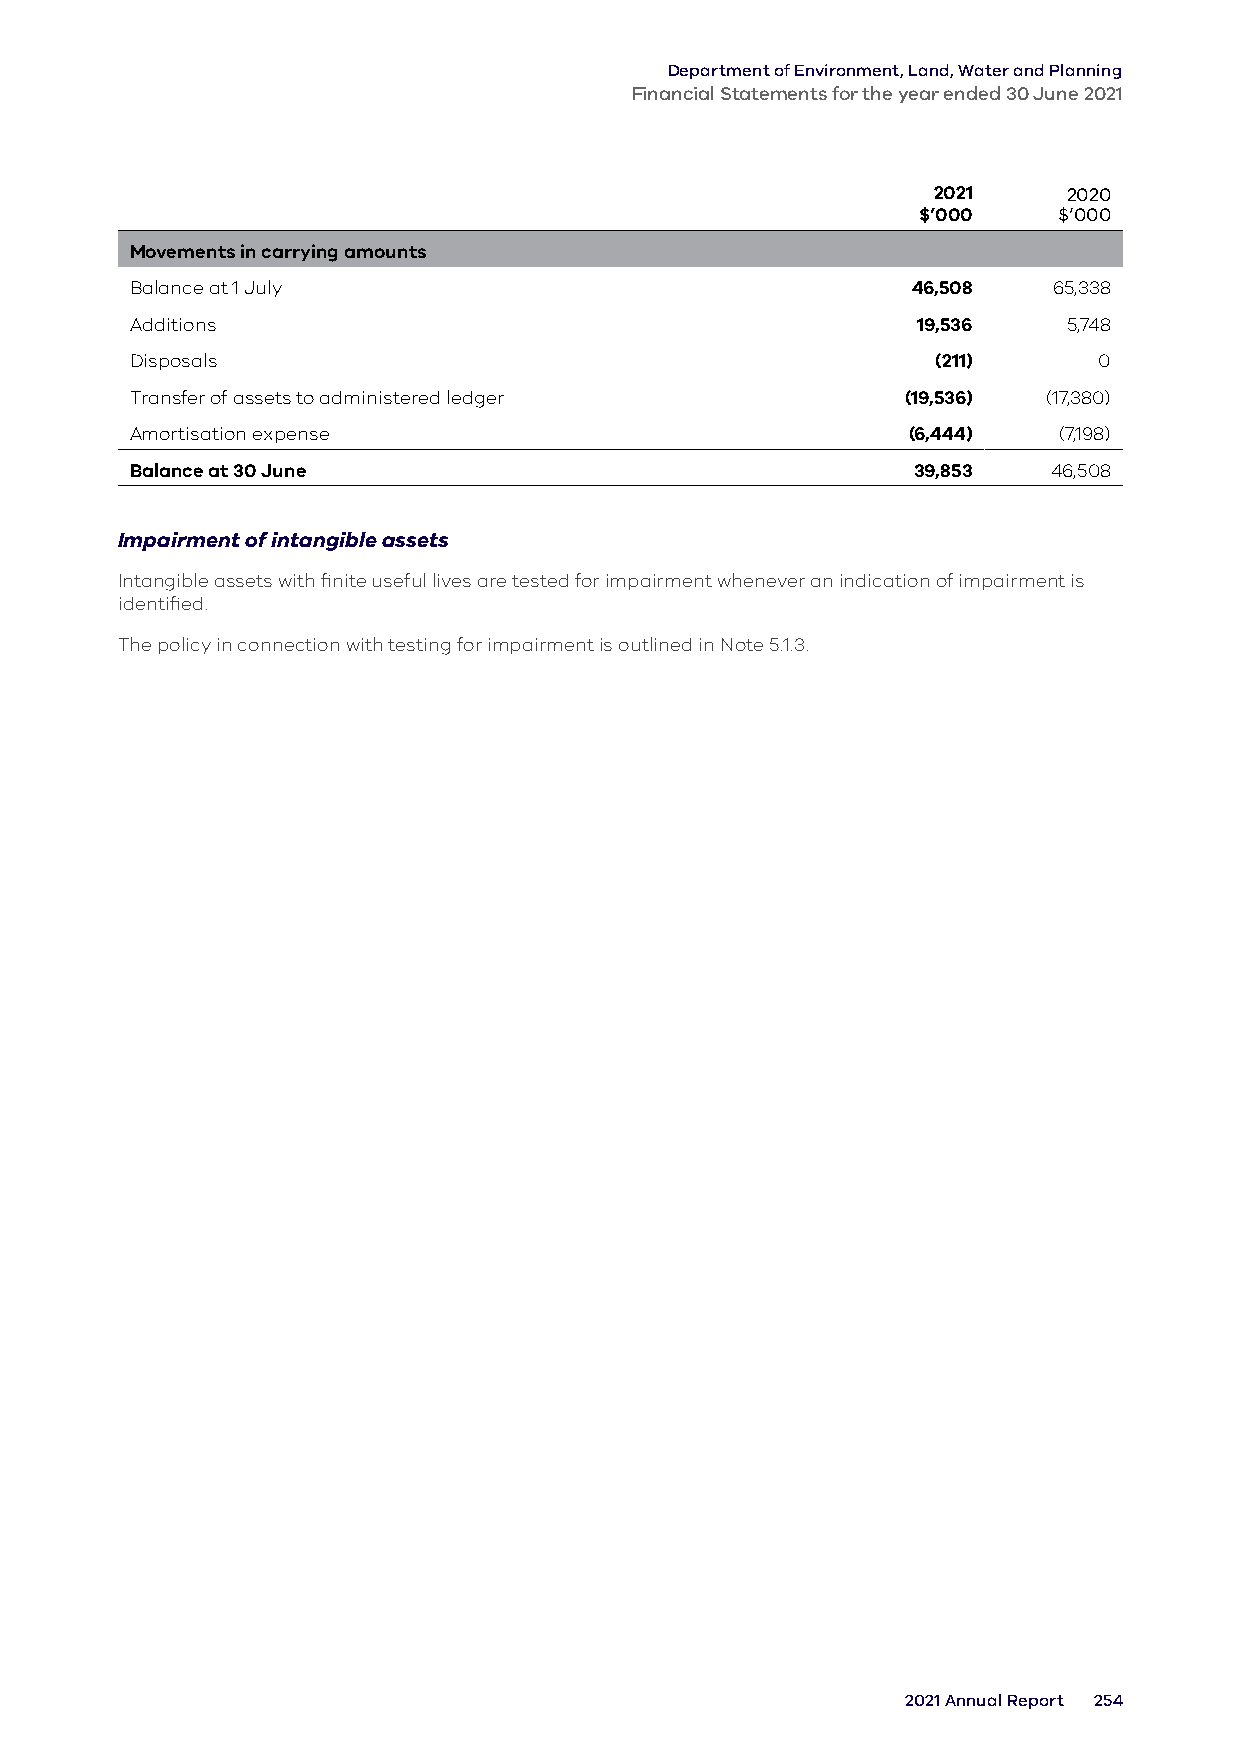
Department of Environment, Land, Water and Planning
 Financial Statements for the year ended 30 June 2021
 2021     2020
 $’000    $’000
 Movements in carrying amounts
 Balance at 1 July                                  46,508    65,338
 Additions                                           19,536    5,748
 Disposals                                            (211)      0
 Transfer of assets to administered ledger          (19,536) (17,380)
 Amortisation expense                               (6,444)   (7,198)
 Balance at 30 June                                 39,853    46,508
 Impairment of intangible assets
 Intangible assets with finite useful lives are tested for impairment whenever an indication of impairment is
 identified.
 The policy in connection with testing for impairment is outlined in Note 5.1.3.
 2021 Annual Report 254